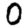
Digit: 0